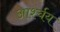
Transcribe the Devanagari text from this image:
आर्श्चय